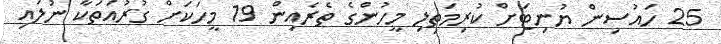
25 ހައުސިން ޔުނިޓަށް ކުރިމަތިލި މީހުންގެ ތެރެއިން 19 މީހަކަށް ގުރުއަތަކާ ނުލައި